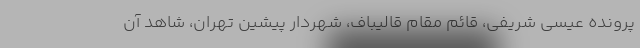
پرونده عیسی شریفی، قائم مقام قالیباف، شهردار پیشین تهران، شاهد آن